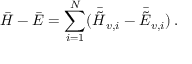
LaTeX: \bar { H } - \bar { E } = \sum _ { i = 1 } ^ { N } ( \bar { \tilde { H } } _ { v , i } - \bar { \tilde { E } } _ { v , i } ) \, .